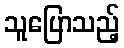
သူပြောသည့်